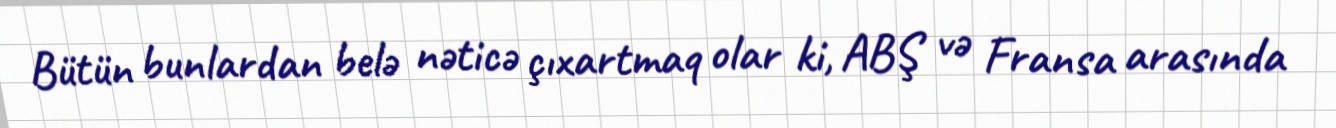
Bütün bunlardan belə nəticə çıxartmaq olar ki, ABŞ və Fransa arasında